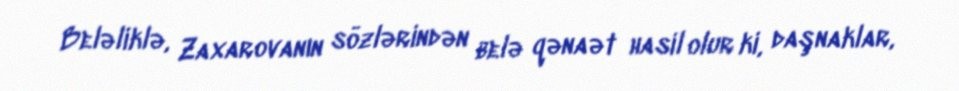
Beləliklə, Zaxarovanın sözlərindən belə qənaət hasil olur ki, daşnaklar,